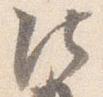
法